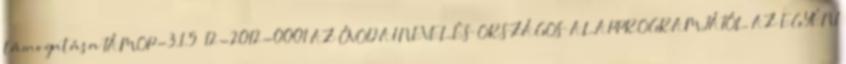
támogatása TÁMOP-3.1.5 12-2012-0001 AZ ÓVODAI NEVELÉS ORSZÁGOS ALAPPROGRAMJÁTÓL AZ EGYÉNI